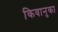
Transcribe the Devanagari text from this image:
किवानुका